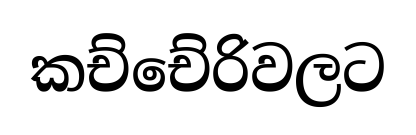
කච්චේරිවලට